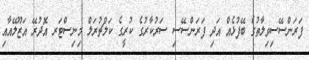
ފަރަންސޭސިވިލާތުގެ ބޭފުޅެއް އަދި ފަރަންސޭސި ސަރުކާރުގެ ކުރީގެ ކަލްޗުރަލް މިނިސްޓަރ އޮދުރޭ އަޒޫލޭއާއި